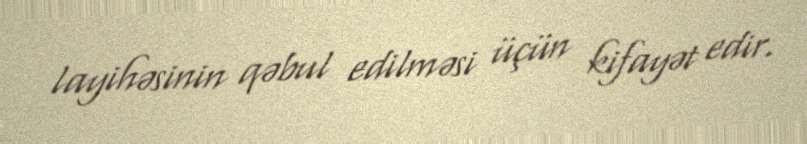
layihəsinin qəbul edilməsi üçün kifayət edir.